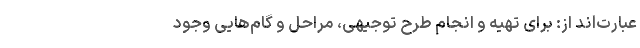
عبارت‌اند از: برای تهیه و انجام طرح توجیهی، مراحل و گام‌هایی وجود